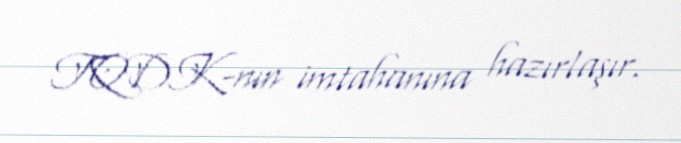
TQDK-nın imtahanına hazırlaşır.